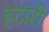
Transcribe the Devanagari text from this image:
हटारी